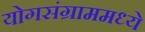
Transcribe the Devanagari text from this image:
योगसंग्राममध्ये